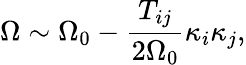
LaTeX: \Omega\sim\Omega_{0}-\frac{T_{ij}}{2\Omega_{0}}\kappa_{i}\kappa_{j},